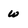
Character: w